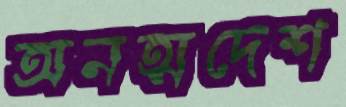
অনত্মদেশ